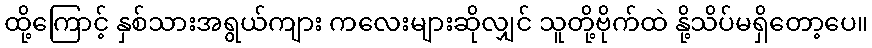
ထို့ကြောင့် နှစ်သားအရွယ်ကျား ကလေးများဆိုလျှင် သူတို့ဗိုက်ထဲ နို့သိပ်မရှိတော့ပေ။